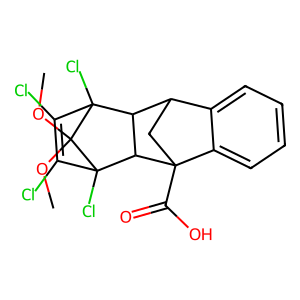
SMILES: COC1(OC)C2(Cl)C(Cl)=C(Cl)C1(Cl)C1C2C2CC1(C(=O)O)c1ccccc12
Inhibits HIV replication: No